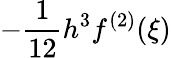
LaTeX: -{\frac{1}{12}}h^{3}f^{(2)}(\xi)